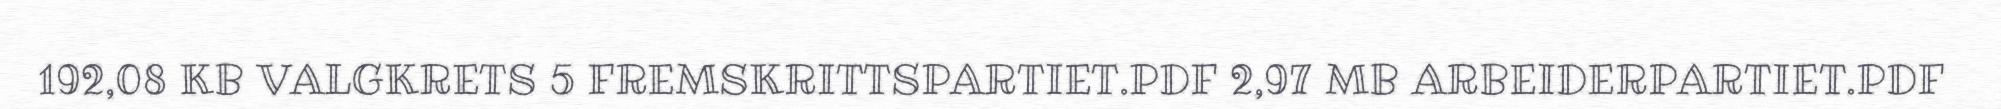
192,08 KB VALGKRETS 5 FREMSKRITTSPARTIET.PDF 2,97 MB ARBEIDERPARTIET.PDF